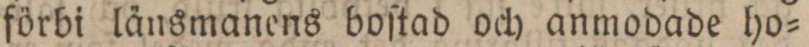
förbi länsmanens boſtad och anmodade ho=